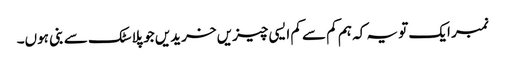
نمبر ایک تو یہ کہ ہم کم سے کم ایسی چیزیں خریدیں جو پلاسٹک سے بنی ہوں۔